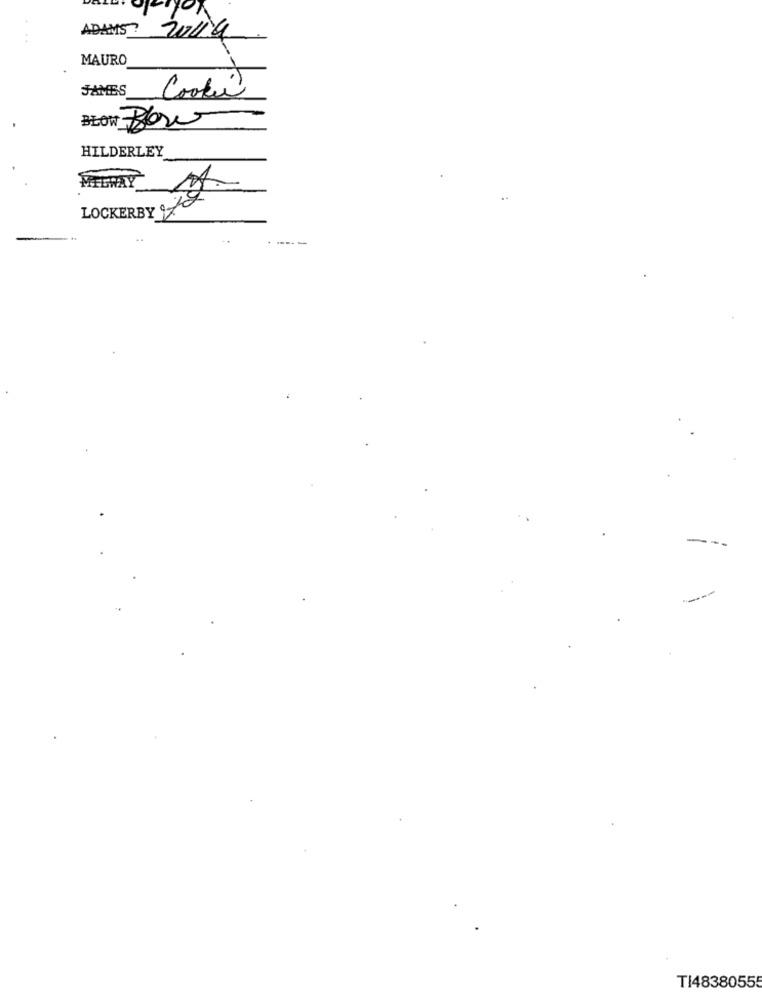
ADAMS? 20114
MAURO
JAMES
Cookie
BŁON Bos
HILDERLEY
LOCKERBY 72
..
-
TI48380555